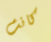
كانت